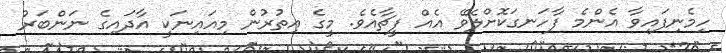
ހިމެނިފައިވާ އެންމެ ފާހަނގަކޮށްލެވޭ އެއް ފީޗާއެވެ. މީގެ އިތުރުން މިއައިނަކީ އާދައިގެ ނަންބަރު